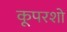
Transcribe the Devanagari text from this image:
कूपरशो